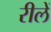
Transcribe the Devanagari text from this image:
रीलें